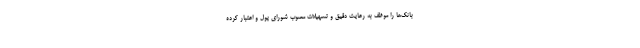
بانک‌ها را موظف به رعایت دقیق و تسهیلات مصوب شورای پول و اعتبار کرده